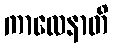
ကာလေနာတိ